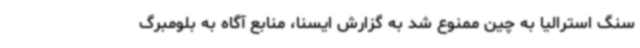
سنگ استرالیا به چین ممنوع شد به گزارش ایسنا، منابع آگاه به بلومبرگ